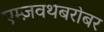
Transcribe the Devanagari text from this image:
एम्ज़वर्थबरोबर